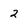
Character: 2